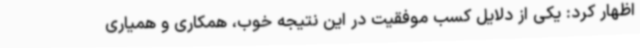
اظهار کرد: یکی از دلایل کسب موفقیت در این نتیجه خوب، همکاری و همیاری